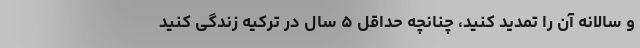
و سالانه آن را تمدید کنید، چنانچه حداقل ۵ سال در ترکیه زندگی کنید